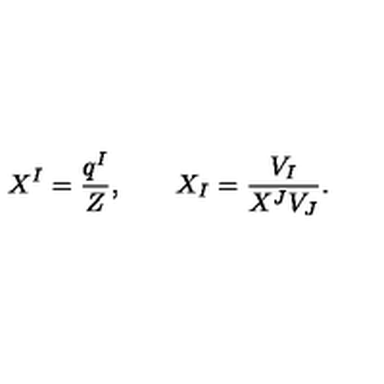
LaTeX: X ^ { I } = \frac { q ^ { I } } { Z } , \qquad X _ { I } = \frac { V _ { I } } { X ^ { J } V _ { J } } .